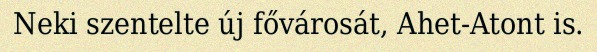
Neki szentelte új fővárosát, Ahet-Atont is.